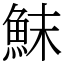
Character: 䱅